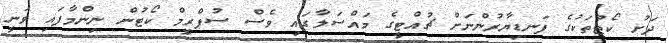
ދަށު ކޯޓުތަކުގެ ފަނޑިޔާރުންނަށް ޗުއްޓީގެ މައްސަލާގައި ވެސް ސުޕްރީމް ކޯޓުން ނިންމާފައި ވަނީ